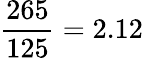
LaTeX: \frac{265}{125}=2.12